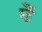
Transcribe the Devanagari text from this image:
छेँ